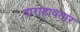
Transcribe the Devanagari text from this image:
वाराहावतार